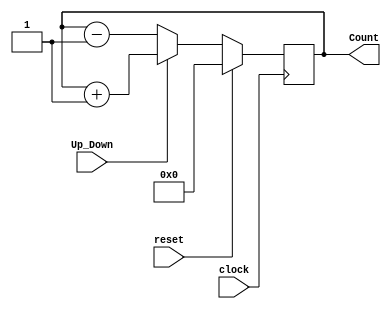
module Sync_Counter( clock, reset, Up_Down, Count );

input clock, reset, Up_Down;
output [3:0] Count;
reg [3:0] Count = 0;

always @ ( posedge clock )
begin
if(reset == 1)
Count <= 0;
else
if (Up_Down == 1)  //Up Counter
Count <= Count + 1'b1;
else               //Down Counter
Count <= Count - 1'b1;
end

endmodule